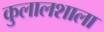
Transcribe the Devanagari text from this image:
कुलालशाला